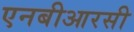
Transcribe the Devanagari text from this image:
एनबीआरसी